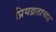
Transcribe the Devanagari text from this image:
प्रियव्रताच्या